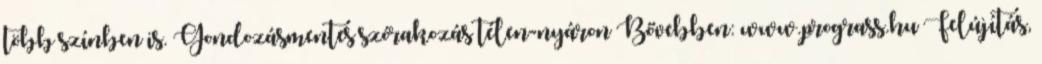
több színben is. Gondozásmentes szórakozás télen-nyáron Bővebben: www.prograss.hu Felújítás,